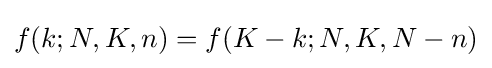
f(k;N,K,n)=f(K-k;N,K,N-n)